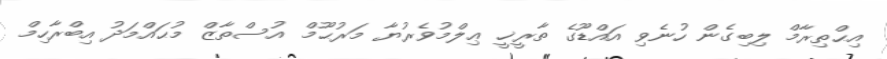
އިޙްތިރާމް ލިބިގެން ހުނެވި އައްޑޫގެ ތާރީޚީ ޢިލްމުވެރުޔާ މަރުޙޫމް އުސްތާޒް މުޙައްމަދު އިބްރާހިމް